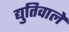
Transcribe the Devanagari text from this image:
द्युतिवाले